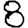
Digit: 8